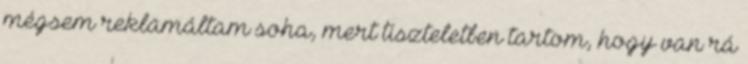
mégsem reklamáltam soha, mert tiszteletben tartom, hogy van rá